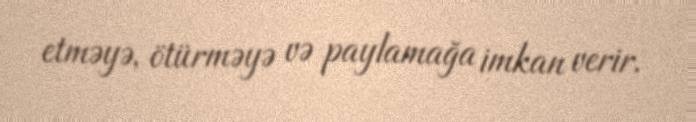
etməyə, ötürməyə və paylamağa imkan verir.